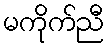
မကိုက်ညီ